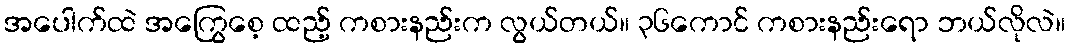
အပေါက်ထဲ အကြွေစေ့ ထည့် ကစားနည်းက လွယ်တယ်။ ၃၆ကောင် ကစားနည်းရော ဘယ်လိုလဲ။